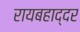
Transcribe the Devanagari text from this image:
रायबहाद्दर